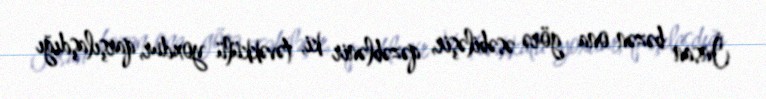
İnsan bəzən ona görə əsəbiləşir, qəzəblənir ki, təvəkkülü yoxdur, qarşılaşdığı